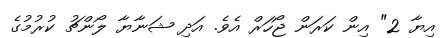
އިޔާ 2" އިން ކަރަން ޖޯހަރް އެވެ. އަދި ޝަނާޔާ ލޯންޗު ކުރުމުގެ